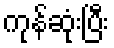
ကုန်ဆုံးပြီး